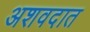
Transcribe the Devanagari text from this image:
अशवदात